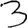
Digit: 3